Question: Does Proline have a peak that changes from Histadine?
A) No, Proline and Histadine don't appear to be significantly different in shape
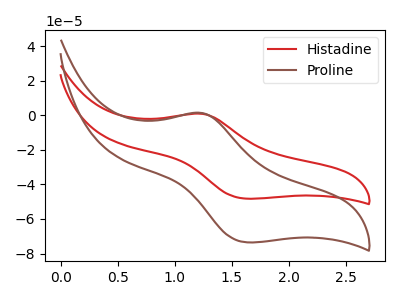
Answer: <think>The red curve "Histadine" has an anodic peak at (1.25V, 0.90uA) and a cathodic peak at (1.65V, -48.25uA). The brown curve "Proline" has an anodic peak at (1.25V, 1.35uA) and a cathodic peak at (1.65V, -73.55uA).
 All the peaks in "Proline" have a peak in "Histadine" at the same potential. Every peak in "Proline" is higher than every peak in "Histadine".</think>
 <answer>A) No, "Proline" and "Histadine" don't appear to be significantly different in shape</answer>
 <eval>A</eval>